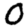
Digit: 0